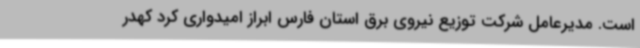
است. مدیرعامل شرکت توزیع نیروی برق استان فارس ابراز امیدواری کرد کهدر